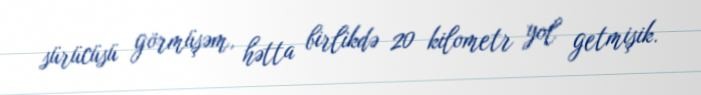
sürücüsü görmüşəm, hətta birlikdə 20 kilometr yol getmişik.